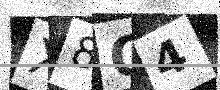
Text: X8Q4